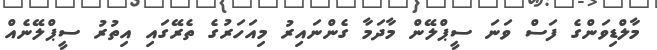
މާލްޑިވަންގެ ފަސް ވަނަ ސީޕްލޭން މާދަމާ ގެންނައިރު މިއަހަރުގެ ތެރޭގައި އިތުރު ސީޕްލޭނެއް